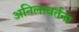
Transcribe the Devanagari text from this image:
अनिलावर्तना